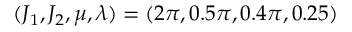
( J _ { 1 } , J _ { 2 } , \mu , \lambda ) = ( 2 \pi , 0 . 5 \pi , 0 . 4 \pi , 0 . 2 5 )